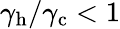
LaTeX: \gamma_{\mathrm{h}}/\gamma_{\mathrm{c}}<1